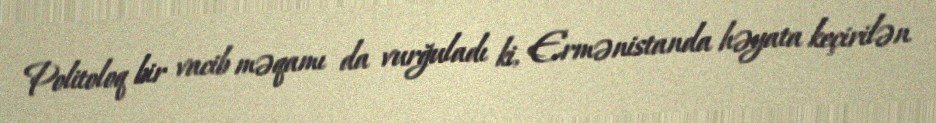
Politoloq bir vacib məqamı da vurğuladı ki, Ermənistanda həyata keçirilən